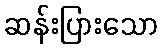
ဆန်းပြားသော